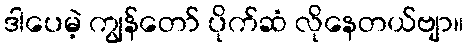
ဒါပေမဲ့ ကျွန်တော် ပိုက်ဆံ လိုနေတယ်ဗျာ။